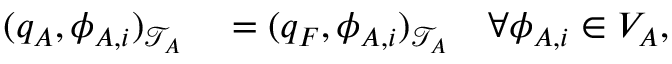
\begin{array} { r l } { ( q _ { A } , \phi _ { A , i } ) _ { \mathcal { T } _ { A } } } & { { } = ( q _ { F } , \phi _ { A , i } ) _ { \mathcal { T } _ { A } } \quad \forall \phi _ { A , i } \in V _ { A } , } \end{array}